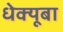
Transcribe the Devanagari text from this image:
धेक्यूबा